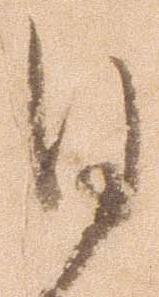
目